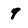
Character: 7